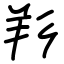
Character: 羏